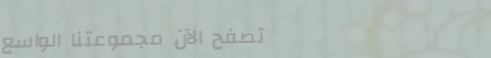
تصفح الآن مجموعتنا الواسع